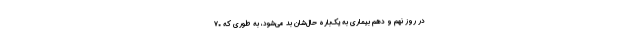
در روز نهم و دهم بیماری به یک‌باره حال‌شان بد می‌شود، به طوری که ۷۰